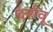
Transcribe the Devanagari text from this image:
दर्शवू